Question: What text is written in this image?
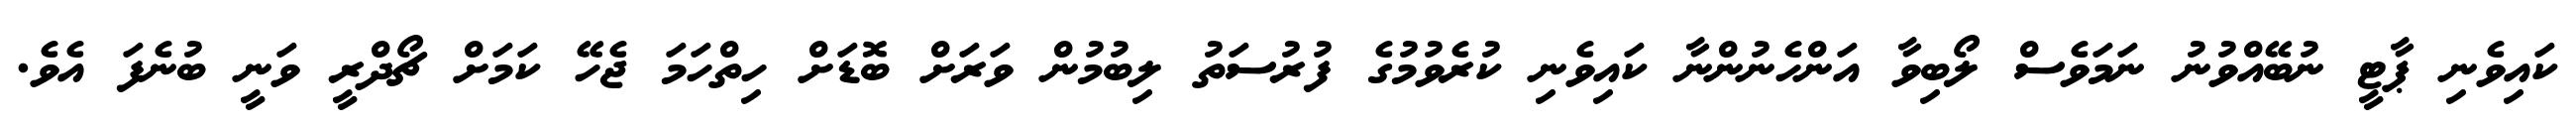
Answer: ކައިވެނި ޕާޓީ ނުބޭއްވުނު ނަމަވެސް ލޯބިވާ އަންހެނުންނާ ކައިވެނި ކުރެވުމުގެ ފުރުސަތު ލިބުމުން ވަރަށް ބޮޑަށް ހިތްހަމަ ޖެހޭ ކަމަށް ޗޯދްރީ ވަނީ ބުނެފަ އެވެ.